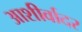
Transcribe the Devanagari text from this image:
आशीर्वादर